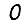
Digit: 0